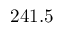
2 4 1 . 5